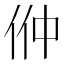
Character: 㑖